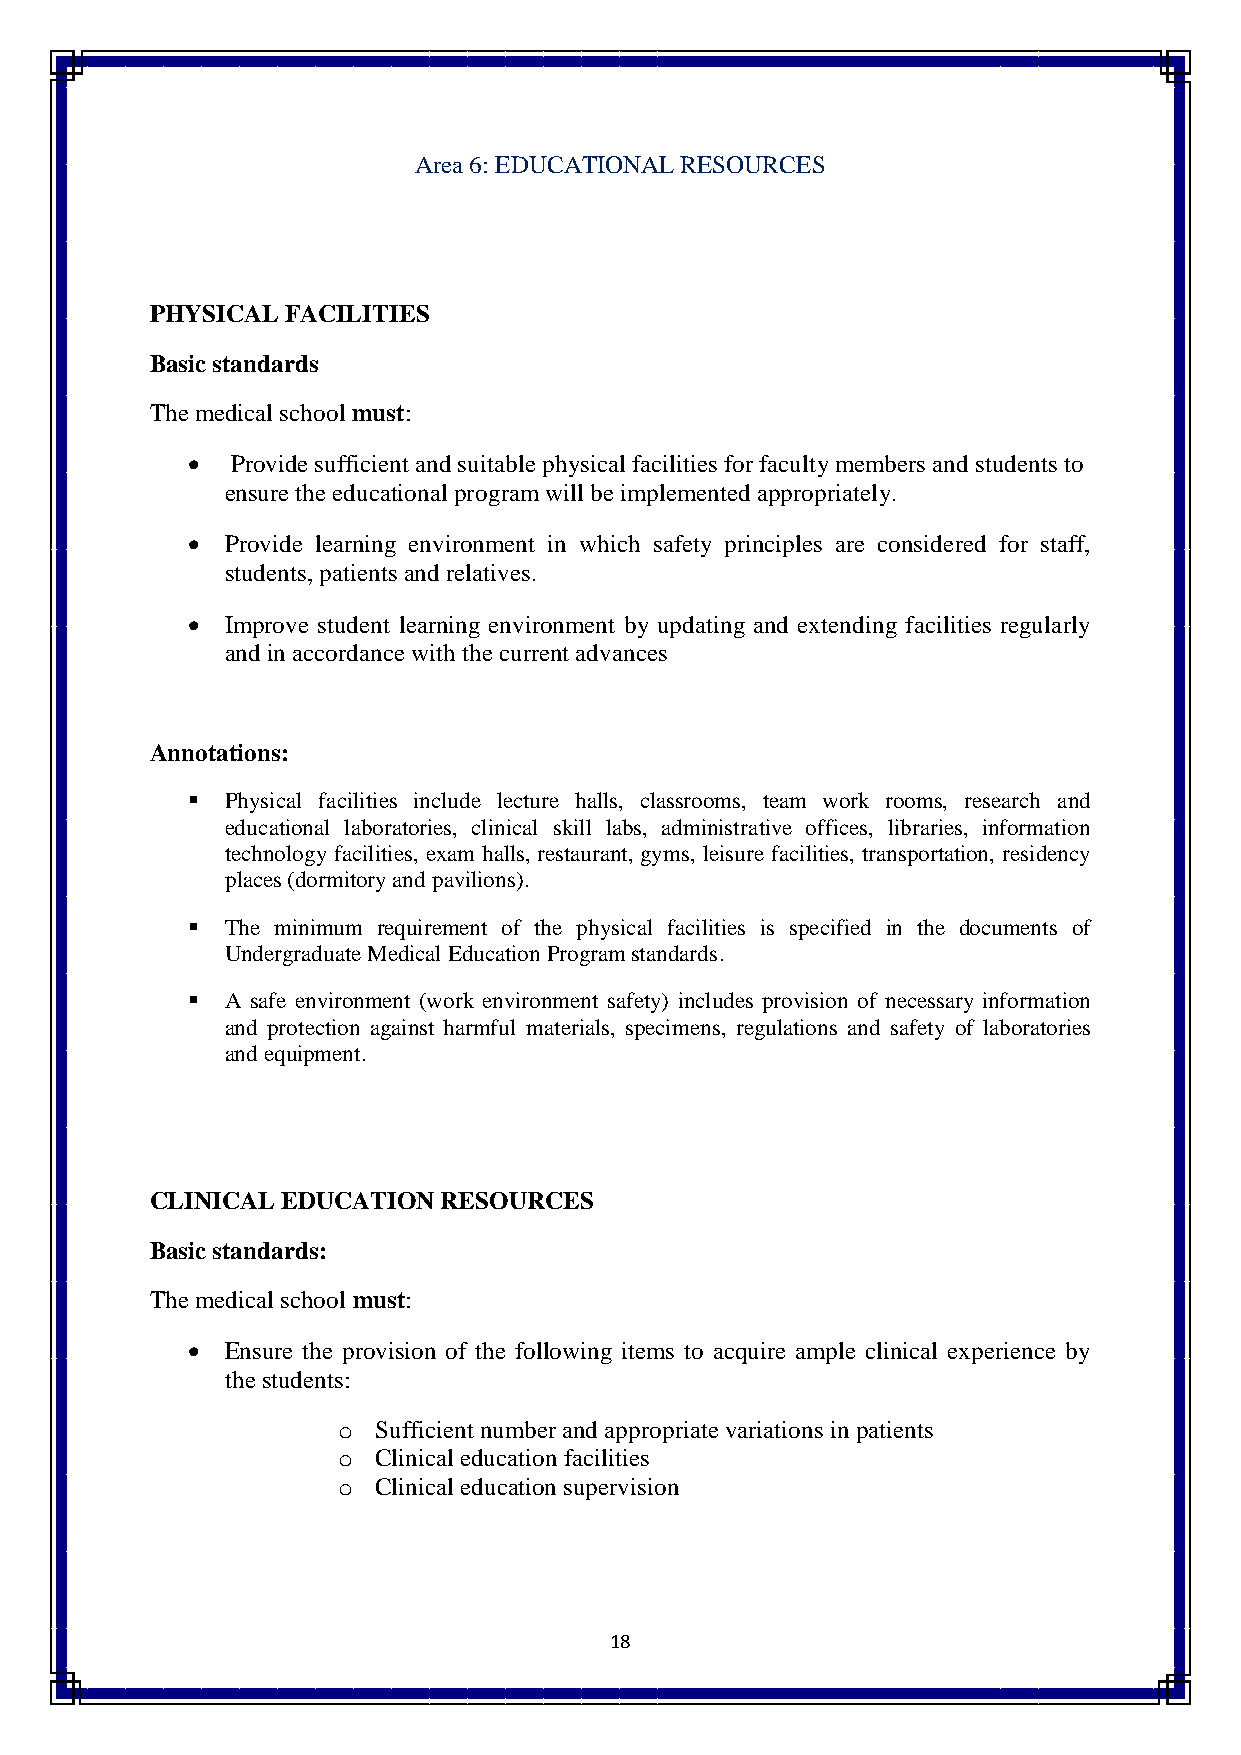
Area 6: EDUCATIONAL RESOURCES
 PHYSICAL FACILITIES
 Basic standards
 The medical school must:
   Provide sufficient and suitable physical facilities for faculty members and students to
 ensure the educational program will be implemented appropriately.
   Provide learning environment in which safety principles are considered for staff,
 students, patients and relatives.
   Improve student learning environment by updating and extending facilities regularly
 and in accordance with the current advances
 Annotations:
   Physical facilities include lecture halls, classrooms, team work rooms, research and
 educational laboratories, clinical skill labs, administrative offices, libraries, information
 technology facilities, exam halls, restaurant, gyms, leisure facilities, transportation, residency
 places (dormitory and pavilions).
   The minimum requirement of the physical facilities is specified in the documents of
 Undergraduate Medical Education Program standards.
   A safe environment (work environment safety) includes provision of necessary information
 and protection against harmful materials, specimens, regulations and safety of laboratories
 and equipment.
 CLINICAL EDUCATION RESOURCES
 Basic standards:
 The medical school must:
   Ensure the provision of the following items to acquire ample clinical experience by
 the students:
 o  Sufficient number and appropriate variations in patients
 o  Clinical education facilities
 o  Clinical education supervision
 18